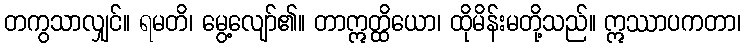
တကွသာလျှင်။ ရမတိ၊ မွေ့လျော်၏။ တာဣတ္ထိယော၊ ထိုမိန်းမတို့သည်။ ဣဿာပကတာ၊